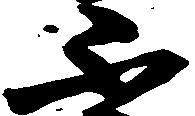
不